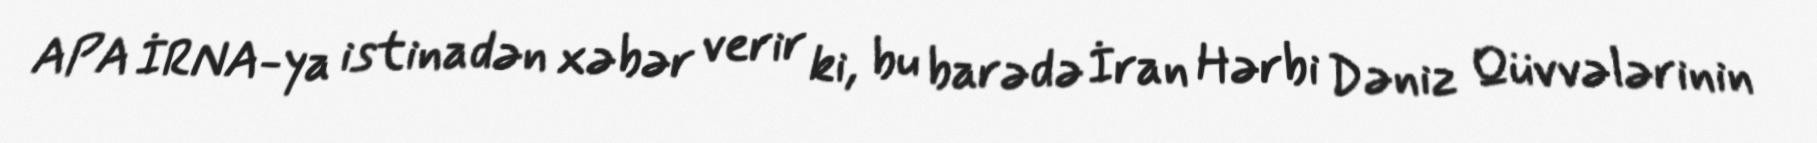
APA İRNA-ya istinadən xəbər verir ki, bu barədə İran Hərbi Dəniz Qüvvələrinin